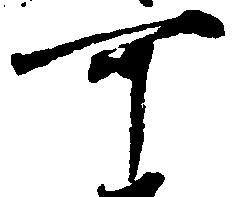
可